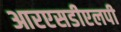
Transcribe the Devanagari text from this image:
आरएसडीएलपी